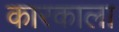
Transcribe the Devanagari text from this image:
कारकाला